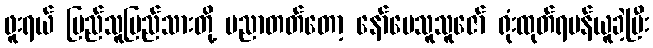
ဖူးရယ် ပြည်သူပြည်သားတို့ ပညာတတ်တော့ နော်မေသူသူဇော် ရုံးထုတ်ရမန်ယူခဲ့ပြီး